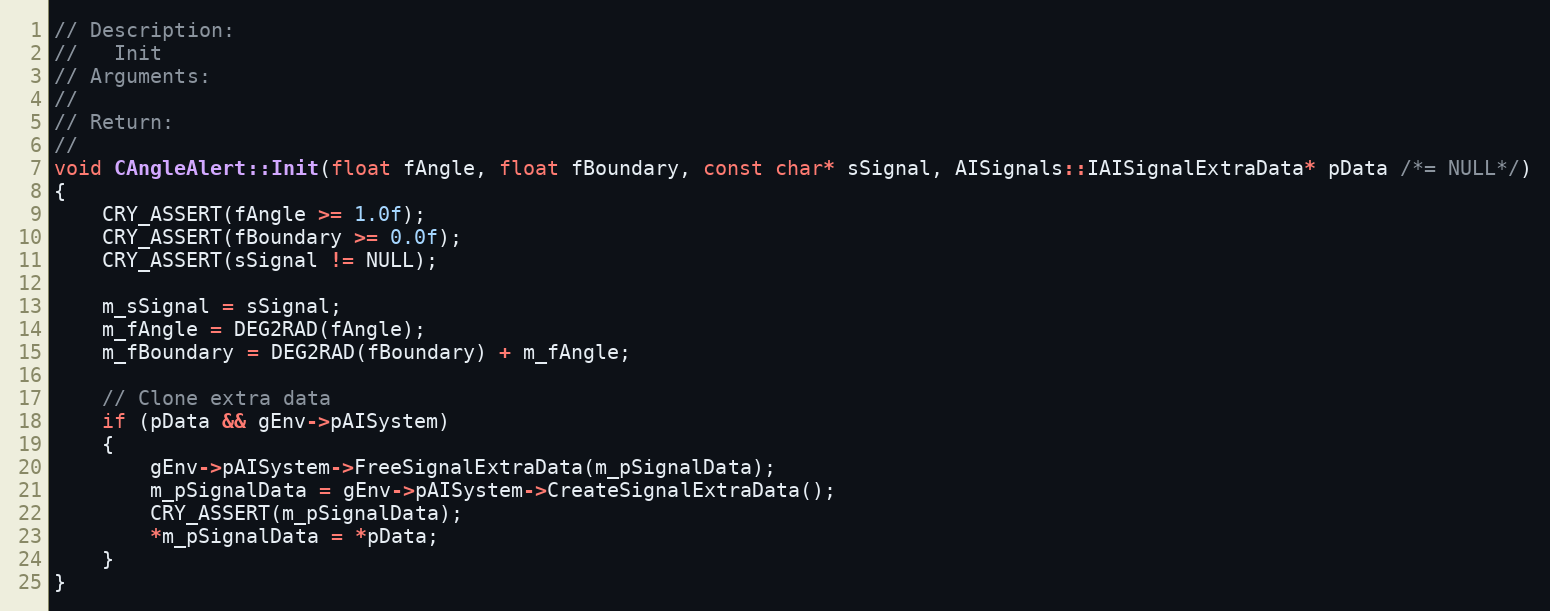
Language: C++
// Description:
//   Init
// Arguments:
//
// Return:
//
void CAngleAlert::Init(float fAngle, float fBoundary, const char* sSignal, AISignals::IAISignalExtraData* pData /*= NULL*/)
{
	CRY_ASSERT(fAngle >= 1.0f);
	CRY_ASSERT(fBoundary >= 0.0f);
	CRY_ASSERT(sSignal != NULL);

	m_sSignal = sSignal;
	m_fAngle = DEG2RAD(fAngle);
	m_fBoundary = DEG2RAD(fBoundary) + m_fAngle;

	// Clone extra data
	if (pData && gEnv->pAISystem)
	{
		gEnv->pAISystem->FreeSignalExtraData(m_pSignalData);
		m_pSignalData = gEnv->pAISystem->CreateSignalExtraData();
		CRY_ASSERT(m_pSignalData);
		*m_pSignalData = *pData;
	}
}